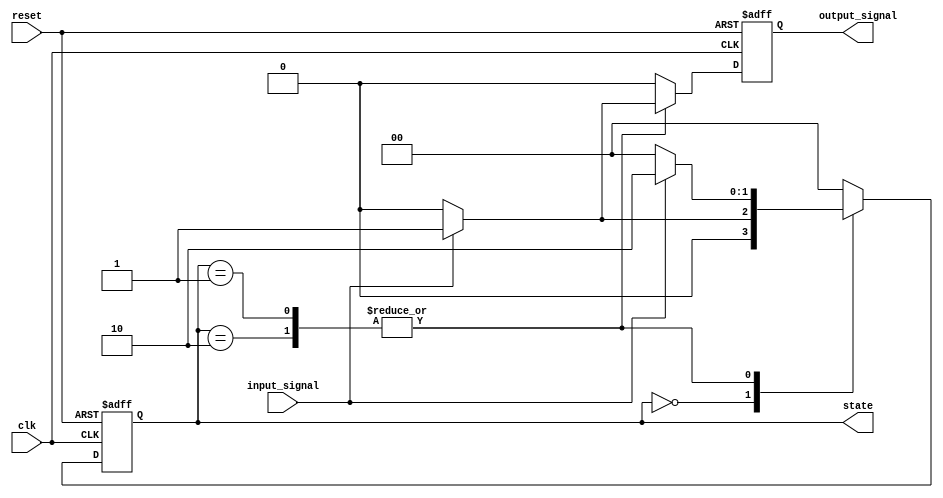
module SequentialMooreFSM (
    input clk,                // Clock signal
    input reset,              // Asynchronous reset
    input input_signal,       // Input signal for state transitions
    output reg [1:0] state,   // Current state output
    output reg output_signal   // Output signal
);

// State encoding
localparam S0 = 2'b00;  // State 0
localparam S1 = 2'b01;  // State 1
localparam S2 = 2'b10;  // State 2

// State transition logic and output logic
always @(posedge clk or posedge reset) begin
    if (reset) begin
        state <= S0;           // Reset state
        output_signal <= 1'b0; // Output for S0
    end else begin
        case (state)
            S0: begin
                if (input_signal) begin
                    state <= S1; // Transition to S1 on input_signal = 1
                    output_signal <= 1'b0; // Output for S0
                end else begin
                    state <= S0; // Stay in S0 if input_signal = 0
                    output_signal <= 1'b0;
                end
            end
            
            S1: begin
                if (input_signal) begin
                    state <= S2; // Transition to S2 on input_signal = 1
                    output_signal <= 1'b1; // Output for S1
                end else begin
                    state <= S0; // Transition back to S0 on input_signal = 0
                    output_signal <= 1'b0;
                end
            end
            
            S2: begin
                if (input_signal) begin
                    state <= S2; // Stay in S2 if input_signal = 1
                    output_signal <= 1'b1; // Output for S2
                end else begin
                    state <= S0; // Transition back to S0 on input_signal = 0
                    output_signal <= 1'b0;
                end
            end
            
            default: begin
                state <= S0;           // Default state
                output_signal <= 1'b0; // Default output
            end
        endcase
    end
end

endmodule